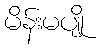
မိန်းမပျို